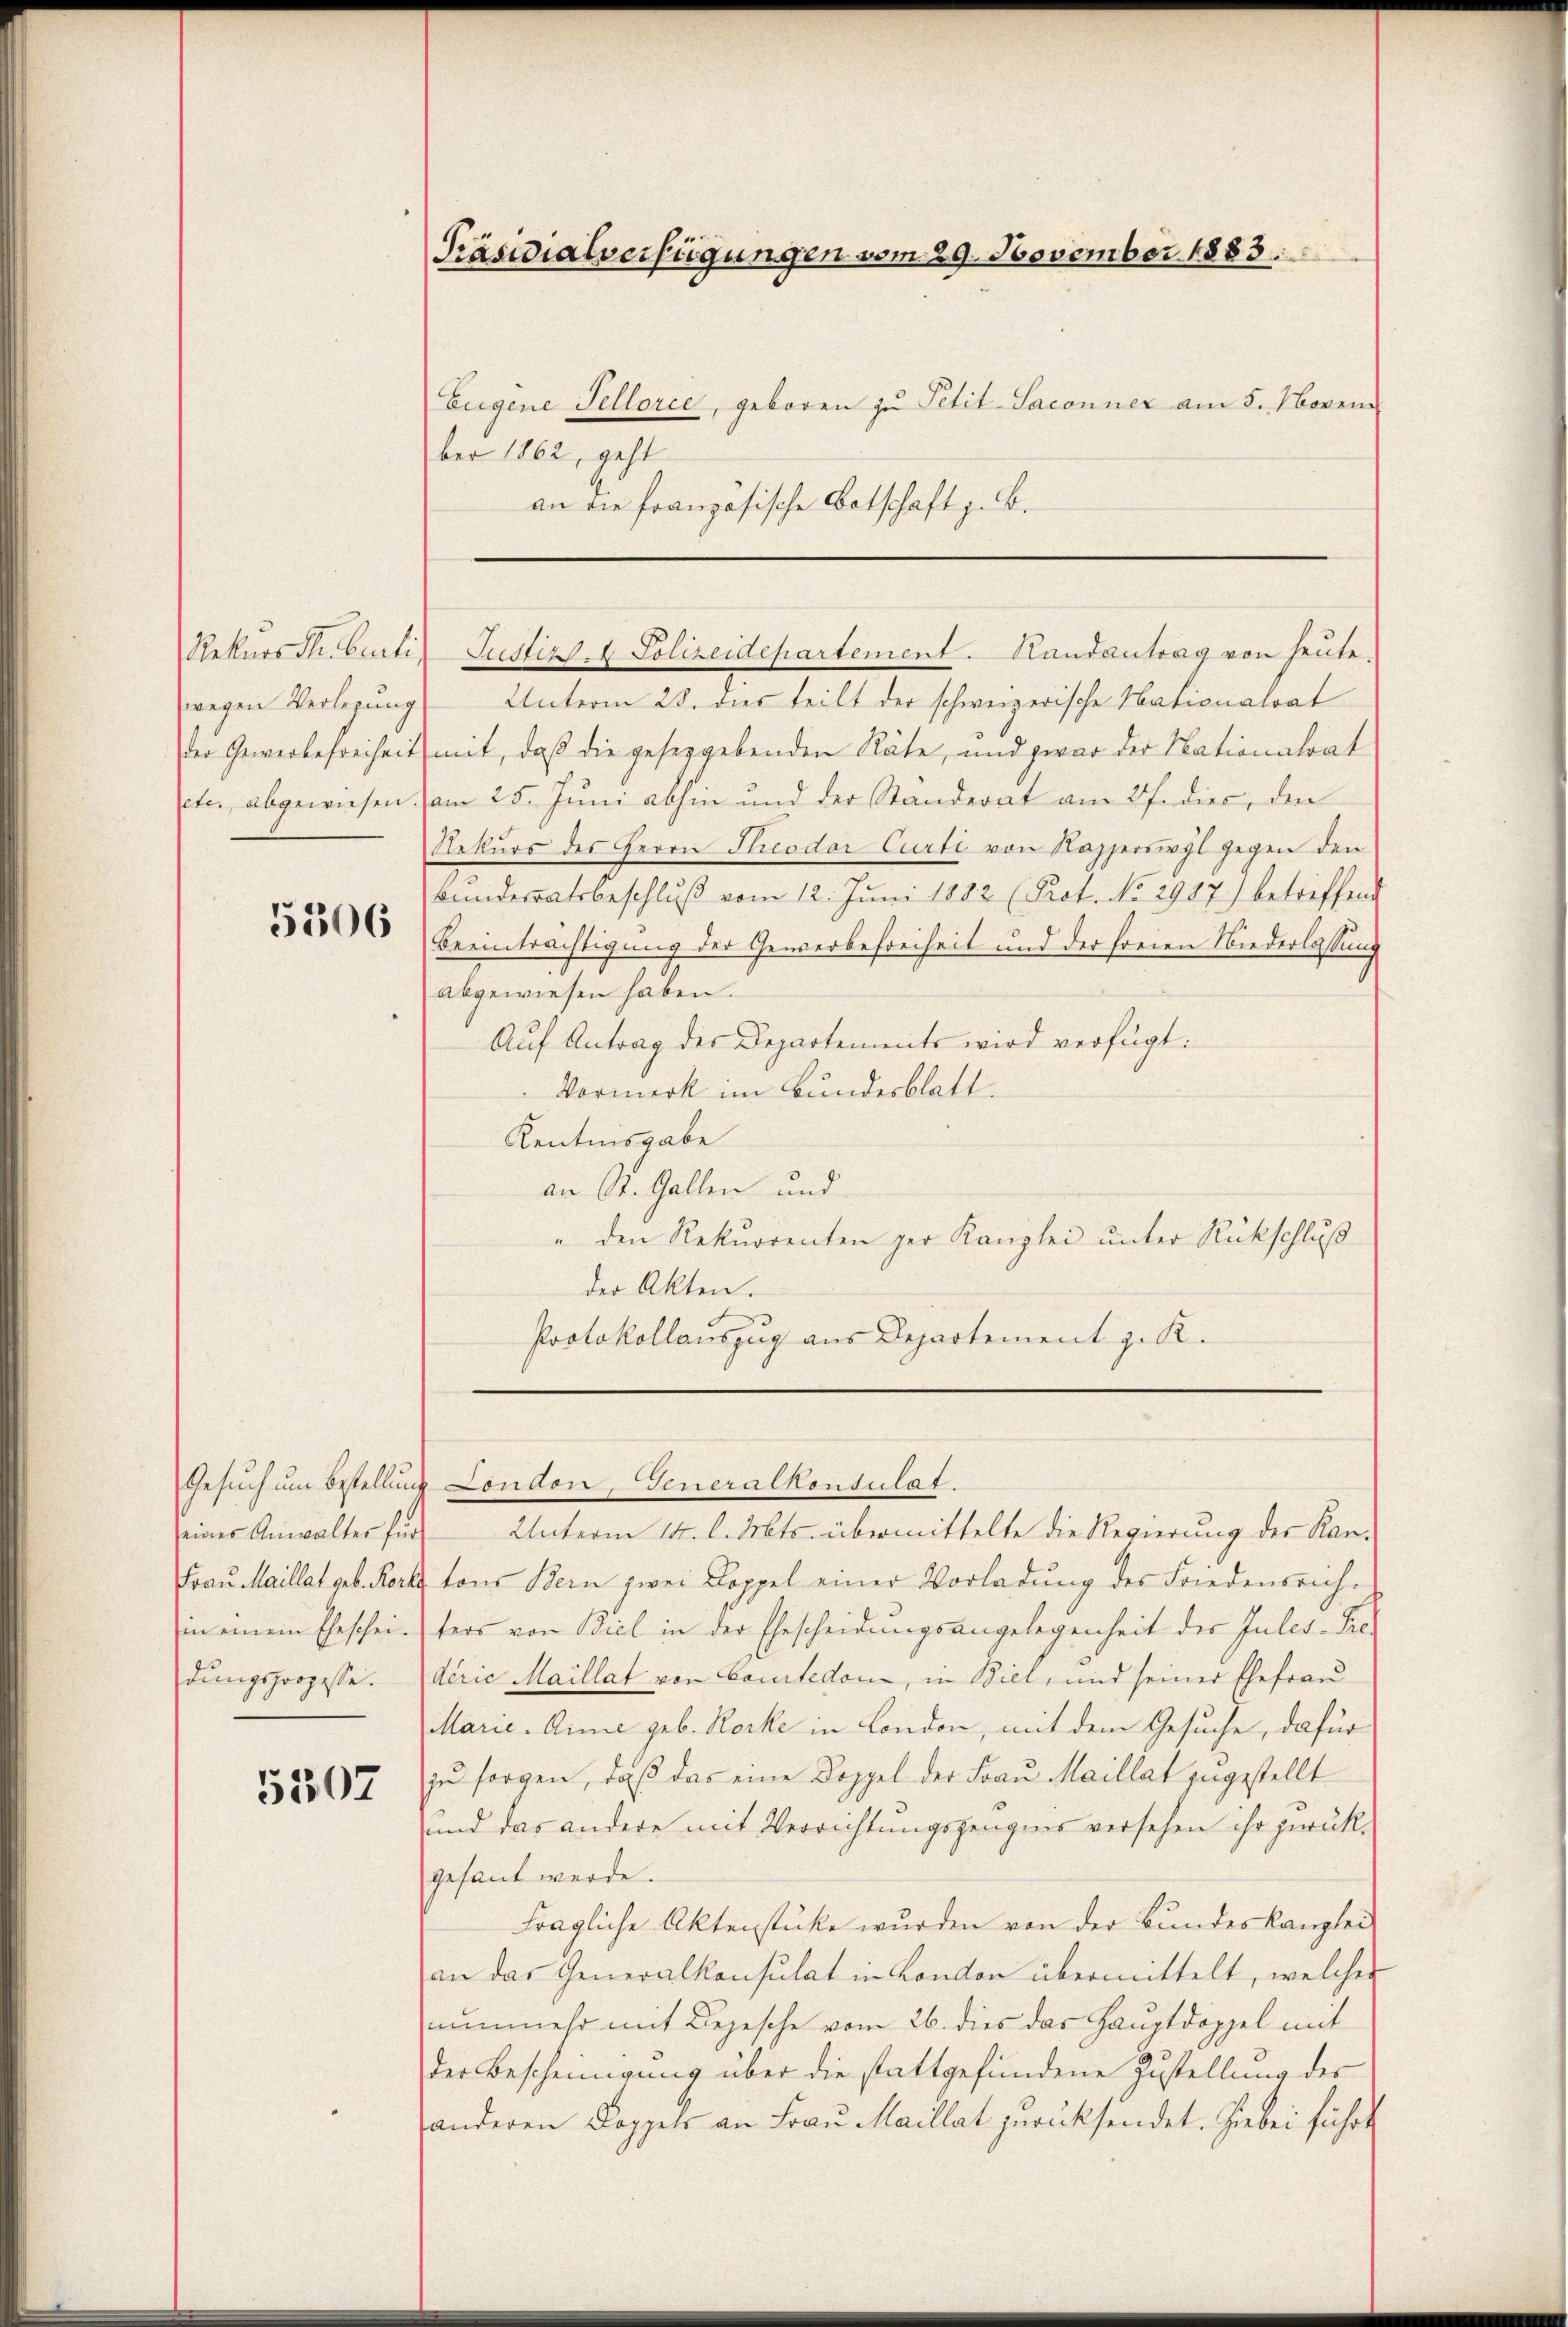
wegen Verlegung

5306

seiner Anwalter für
dungsprozesse.

5507

Eugine Tellorce, geboren zu Petit-Saconner am 5. Novem
ber 1862, geht
an die französische Botschaft z. B.

Präsidialverfügungen vom 29. November 1883.

Unterm 28. dies teilt der schweizerische Nationalrat
der Gewerbefreiheit mit, daß die geseggebenden Räte, und zwar der Nationalrat
ete, abgewiesen am 25. Juni abhin und der Standerat am 27. dies, den
Rekurs des Herrn Theodor Curti von Kapperswyl gegen den
Bundesratsbeschlŭβ vom 12. Jŭni 1882 (Prot. No. 2987.) betreffend
Beeinträchtigung der Gewerbefreiheit und der freien Niederlassung
abgewiesen haben.
Auf Antrag des Departements wird verfügt:
Vormerk im Bundesblatt.
Kentnisgabe
an St. Gallen und
" den Rekurrenten zur Kanzlei unter Rückschluß
der Akten.
Protokollauszug aus Departement z. K.

Rekurs Stubertis Justizs. 4 Polizeidepartement. Handantrag von heute

Gesuch um Bestellung London, Generalkonsulat.

Unterm 14. l. Mts. übermittelte die Regierung der Kan¬
Fraŭ Maillat geb. Kerke tons Bern zwei Koppel einer Vorladung des Friedensrich-
in einem Ehescheiters von Biel in der Ehescheidungsangelegenheit der Inles-Fre
derie Maillat von Comtedon, in Biel, und seiner Ehefrau
Marie. Anne geb. Rocke in London, mit dem Gesuche, dafür
zu sorgen, daß das eine Doppel der Frau Maillat zugestellt
und das andere mit Verrichtungszeugnis versehen ihr zurück-
gesant werde.
fragliche Aktenstücke wurden von der Bundeskanzlei
an das Generalkonsulat in London übermittelt, welcher
nŭnmehr mit Depesche vom 26. dies das Haŭptdoppel mit
der Bescheinigung über die stattgefundene Zustellung des
anderen Koppels an Fraŭ Maillat zurücksendet. Hiebei führt